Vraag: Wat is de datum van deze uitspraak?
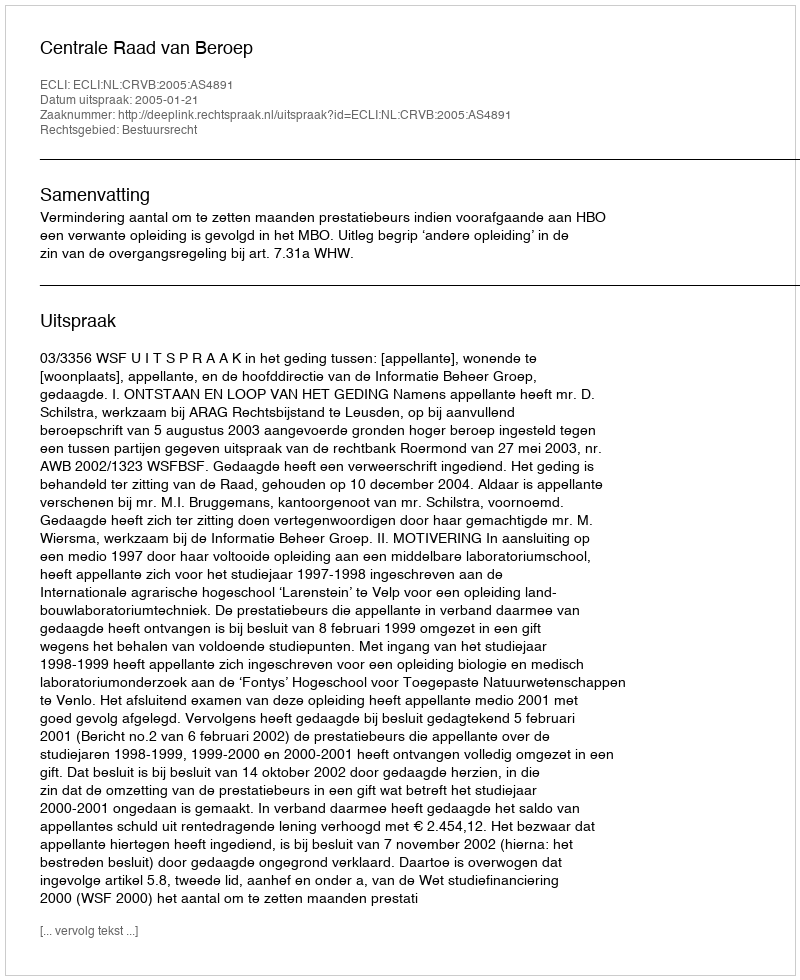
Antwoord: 2005-01-21